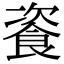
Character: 餈